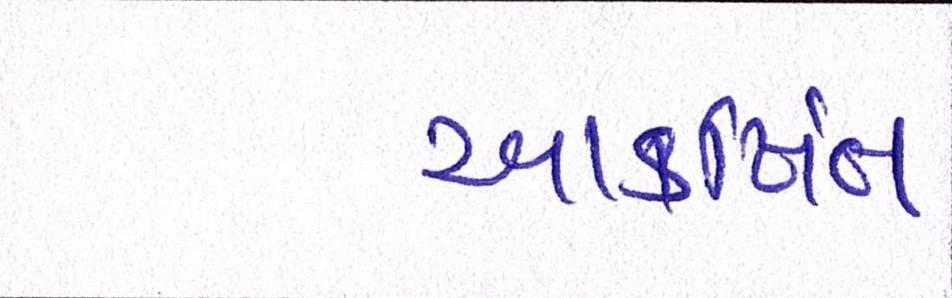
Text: આકર્ષિત